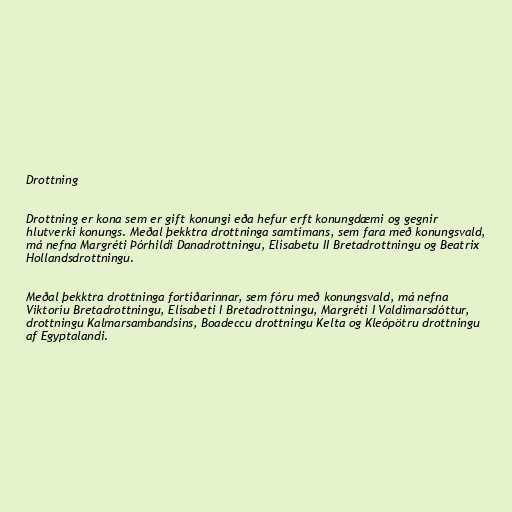
Drottning

Drottning er kona sem er gift konungi eða hefur erft konungdæmi og gegnir
hlutverki konungs. Meðal þekktra drottninga samtímans, sem fara með konungsvald,
má nefna Margréti Þórhildi Danadrottningu, Elísabetu II Bretadrottningu og Beatrix
Hollandsdrottningu.

Meðal þekktra drottninga fortíðarinnar, sem fóru með konungsvald, má nefna
Viktoríu Bretadrottningu, Elísabeti I Bretadrottningu, Margréti I Valdimarsdóttur,
drottningu Kalmarsambandsins, Boadeccu drottningu Kelta og Kleópötru drottningu
af Egyptalandi.